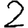
Digit: 2